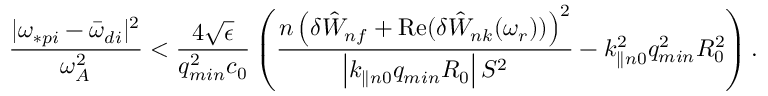
\frac { | \omega _ { \ast p i } - { \bar { \omega } } _ { d i } | ^ { 2 } } { \omega _ { A } ^ { 2 } } < \frac { 4 \sqrt { \epsilon } } { q _ { m i n } ^ { 2 } c _ { 0 } } \left( \frac { n \left( \delta { \hat { W } } _ { n f } + \mathrm { R e } ( { \delta { \hat { W } } _ { n k } ( \omega _ { r } ) ) } \right) ^ { 2 } } { \left| k _ { \parallel n 0 } q _ { m i n } R _ { 0 } \right| S ^ { 2 } } - k _ { \parallel n 0 } ^ { 2 } q _ { m i n } ^ { 2 } R _ { 0 } ^ { 2 } \right) .